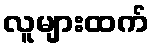
လူများထက်